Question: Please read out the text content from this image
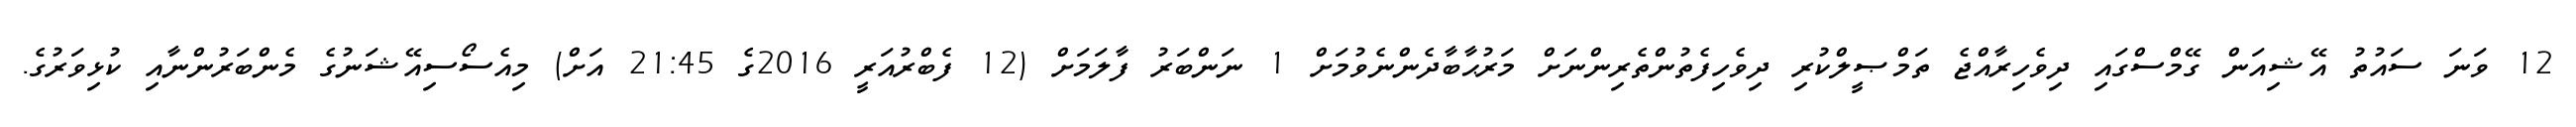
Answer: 12 ވަނަ ސައުތު އޭޝިއަން ގޭމްސްގައި ދިވެހިރާއްޖެ ތަމްޞީލްކުރި ދިވެހިފެތުންތެރިންނަށް މަރުޙާބާދެންނެވުމަށް 1 ނަންބަރު ފާލަމަށް (12 ފެބްރުއަރީ 2016ގެ 21:45 އަށް) މިއެސޯސިއޭޝަނުގެ މެންބަރުންނާއި ކުޅިވަރުގެ.